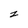
Character: z